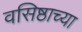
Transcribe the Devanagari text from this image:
वसिष्ठाच्या